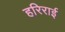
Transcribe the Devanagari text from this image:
हरिराई